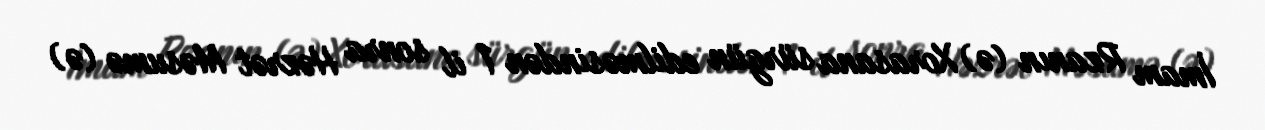
İmam Rzanın (ə) Xorasana sürgün edilməsindən 1 il sonra Həzrət Məsumə (ə)